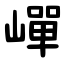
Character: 㠆